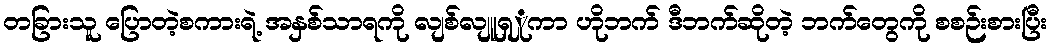
တခြားသူ ပြောတဲ့စကားရဲ့ အနှစ်သာရကို လျစ်လျူရှှုကာ ဟိုဘက် ဒီဘက်ဆိုတဲ့ ဘက်တွေကို စစဉ်းစားပြီး